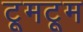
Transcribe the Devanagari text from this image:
टूमटूम